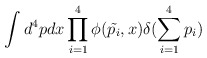
\begin{align*}\int d^{4}pdx \prod_{i=1}^4 \phi(\tilde{p_i},x)\delta(\sum_{i=1}^{4}p_{i})\end{align*}